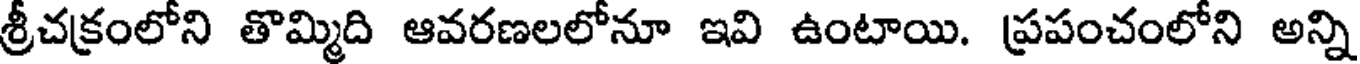
శ్రీచక్రంలోని తొమ్మిది ఆవరణలలోనూ ఇవి ఉంటాయి. ప్రపంచంలోని అన్ని